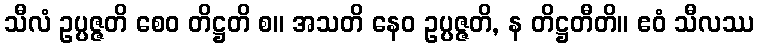
သီလံ ဥပ္ပဇ္ဇတိ စေဝ တိဋ္ဌတိ စ။ အသတိ နေဝ ဥပ္ပဇ္ဇတိ, န တိဋ္ဌတီတိ။ ဧဝံ သီလဿ